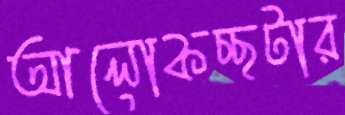
আলোকচ্ছটার